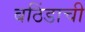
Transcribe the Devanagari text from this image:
बठिंडाची